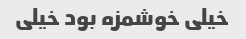
خیلی خوشمزه بود خیلی